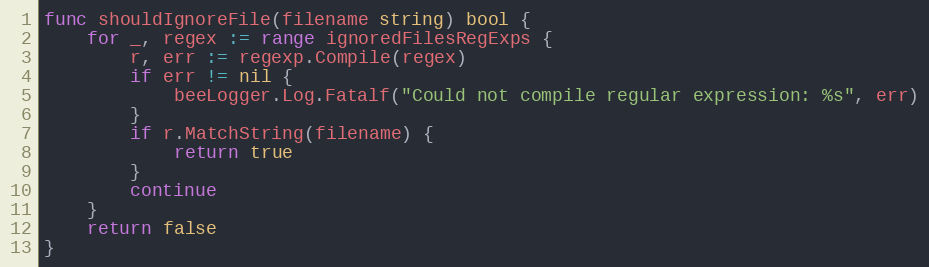
Language: Go
func shouldIgnoreFile(filename string) bool {
	for _, regex := range ignoredFilesRegExps {
		r, err := regexp.Compile(regex)
		if err != nil {
			beeLogger.Log.Fatalf("Could not compile regular expression: %s", err)
		}
		if r.MatchString(filename) {
			return true
		}
		continue
	}
	return false
}